Burma Government Medical School reports 1923-41
Year: 1923
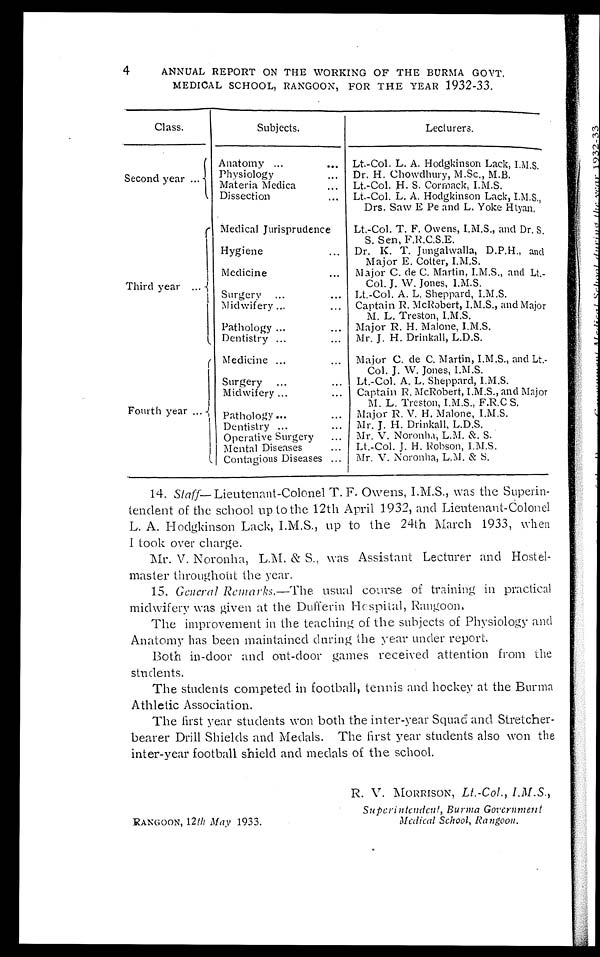
4
ANNUAL REPORT ON THE WORKING OF THE BURMA GOVT.
MEDICAL SCHOOL, RANGOON, FOR THE YEAR 1932-33.
Class.
Subjects.
Lecturers.
Second year . . .
Anatomy . . .
Lt.-Col. L. A. Hodgkinson Lack, I.M.S.
Physi ology . . .
Dr. H. Chowdhury, M.Sc., M.B.
Materia Madica . . .
Lt.-Col. H. S. Cormack, I.M.S.
Dissection . . .
Lt.-Col. L. A. Hodgkinson Lack, I.M.S.,
Drs. Saw E Pe and L. Yoke Htyan.
Third year . . .
Medical Jurisprudence
Lt.-Col. T. F. Owens, I.M.S., and Dr. S.
S. Sen, F.R.C.S.E.
Hygiene . . .
Dr. K. T. Jungalwalla, D.P.H., and
Major E. Cotter, I.M.S.
Medicine . . .
Major C. de C. Martin, I.M.S., and Lt.-
Col. J. W. Jones, I.M.S.
Surgery . . .
Lt.-Col. A. L. Sheppard, I.M.S.
Midwifery . . .
Captain R. McRobert, I.M.S., and Major
M. L. Treston, I.M.S.
Pathology . . .
Major R H. Malone, I.M.S.
Dentistry . . .
Mr. J. H. Drinkall, L.D.S.
Fourth year . . .
Medicine . . .
Major C. de C. Martin, I.M.S., and Lt.-
Col. J. W. Jones, I.M.S.
Surgery . . .
Lt.-Col. A. L. Sheppard, I.M.S.
Midwifery . . .
Captain R. McRobert, I.M.S., and Major
M. L. Treston, I.M.S., F.R.C S.
Pathology . . .
Major R. V. H. Malone, I.M.S.
Dentistry . . .
Mr. J. H. Drinkall, L.D.S.
Operative Surgery . . .
Mr. V. Noronha, L.M. &. S.
Mental Diseases . . .
Lt.-Col. J. H. Robson, I.M.S.
Contagious Diseases . . . Mr. V. Noronha, L.M. & S.
1 4 .S
t a f f
—Lieutenant-Colonel T. F. Owens, I.M.S., was the Superin
- t e n d e n t o f t h e s c h o o l u p t o t h e 1 2 t h A p r i l 1 9 3 2 , a n d L i e u t e n a n t - C o l o n e l
L. A. Hodgkinson Lack, I.M.S., up to the 24th March 1933, when
I took over charge.
Mr. V. Noronha, L.M. & S., was Assistant Lecturer and Hostel-
master throughout the year.
1 5 .G
e n e r a l R e m a r k s
. — T h e
u s u a l c o u r s e o f t r a i n i n g i n p r a c t i c a l
midwifery was given at the Dufferin Hospital, Rangoon.
The improvement in the teaching of the subjects of Physiology and
Anatomy has been maintained during the year under report.
Both in-door and out-door games received attention from the
students.
The students competed in football, tennis and hockey at the Burma
Athletic Association.
The first year students won both the inter-year Squad and Stretcher-
bearer Drill Shields and Medals. The first year students also won the
inter-year football shield and medals of the school.
RANGOON, 12th May 1933.
R. V. MORRISON, Lt.-Col., I.M.S.,
Superintendent, Burma Government
Medical School, Rangoon.